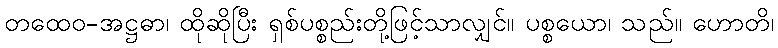
တထေဝ-အဋ္ဌဓာ၊ ထိုဆိုပြီး ရှစ်ပစ္စည်းတို့ဖြင့်သာလျှင်။ ပစ္စယော၊ သည်။ ဟောတိ၊